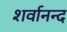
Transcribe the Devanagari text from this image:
शर्वानन्द